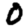
Digit: 0